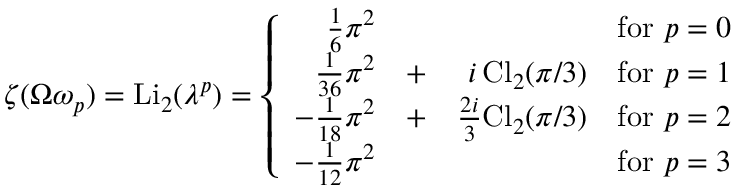
\zeta ( \Omega \omega _ { p } ) = \mathrm { L i } _ { 2 } ( \lambda ^ { p } ) = \left\{ \begin{array} { r r r r } { { \frac 1 6 \pi ^ { 2 } } } & { { } } & { { } } & { { \mathrm { f o r ~ } p = 0 } } \\ { { \frac 1 { 3 6 } \pi ^ { 2 } } } & { { + } } & { { i \, \mathrm { C l } _ { 2 } ( \pi / 3 ) } } & { { \mathrm { f o r ~ } p = 1 } } \\ { { - \frac 1 { 1 8 } \pi ^ { 2 } } } & { { + } } & { { \frac { 2 i } { 3 } \mathrm { C l } _ { 2 } ( \pi / 3 ) } } & { { \mathrm { f o r ~ } p = 2 } } \\ { { - \frac 1 { 1 2 } \pi ^ { 2 } } } & { { } } & { { } } & { { \mathrm { f o r ~ } p = 3 } } \end{array} \right.